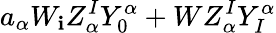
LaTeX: a_{\alpha}W_{\mathbf{i}}Z_{\alpha}^{I}Y_{0}^{\alpha}+WZ_{\alpha}^{I}Y_{I}^{\alpha}